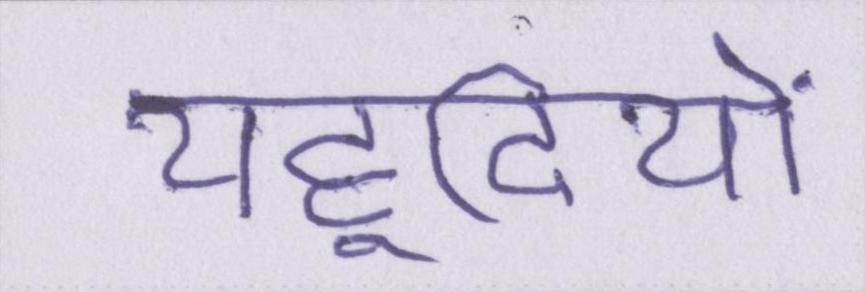
यहूदियों